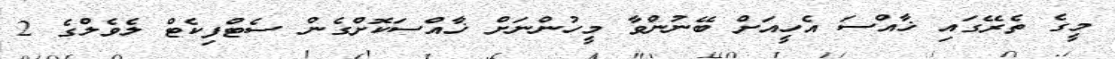
މީގެ ތެރޭގައި ޚާއްސަ އެހީއަށް ބޭނުންވާ މީހުންނަށް ޚާއްސަކޮށްގެން ސެޓްފިކެޓް ލެވެލްގެ 2